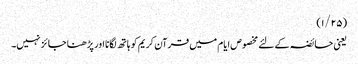
(۱/۲۵)
یعنی حائضہ کے لئے مخصوص ایام میں قرآن کریم کو ہاتھ لگانا اور پڑھنا جائز نہیں۔